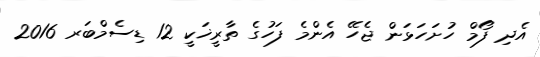
އެދި ފޯމް ހުށަހަޅަން ޖެހޭ އެންމެ ފަހުގެ ތާރީޚަކީ 12 ޑިސެމްބަރ 2016